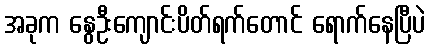
အခုက နွေဦးကျောင်းပိတ်ရက်တောင် ရောက်နေပြီပဲ